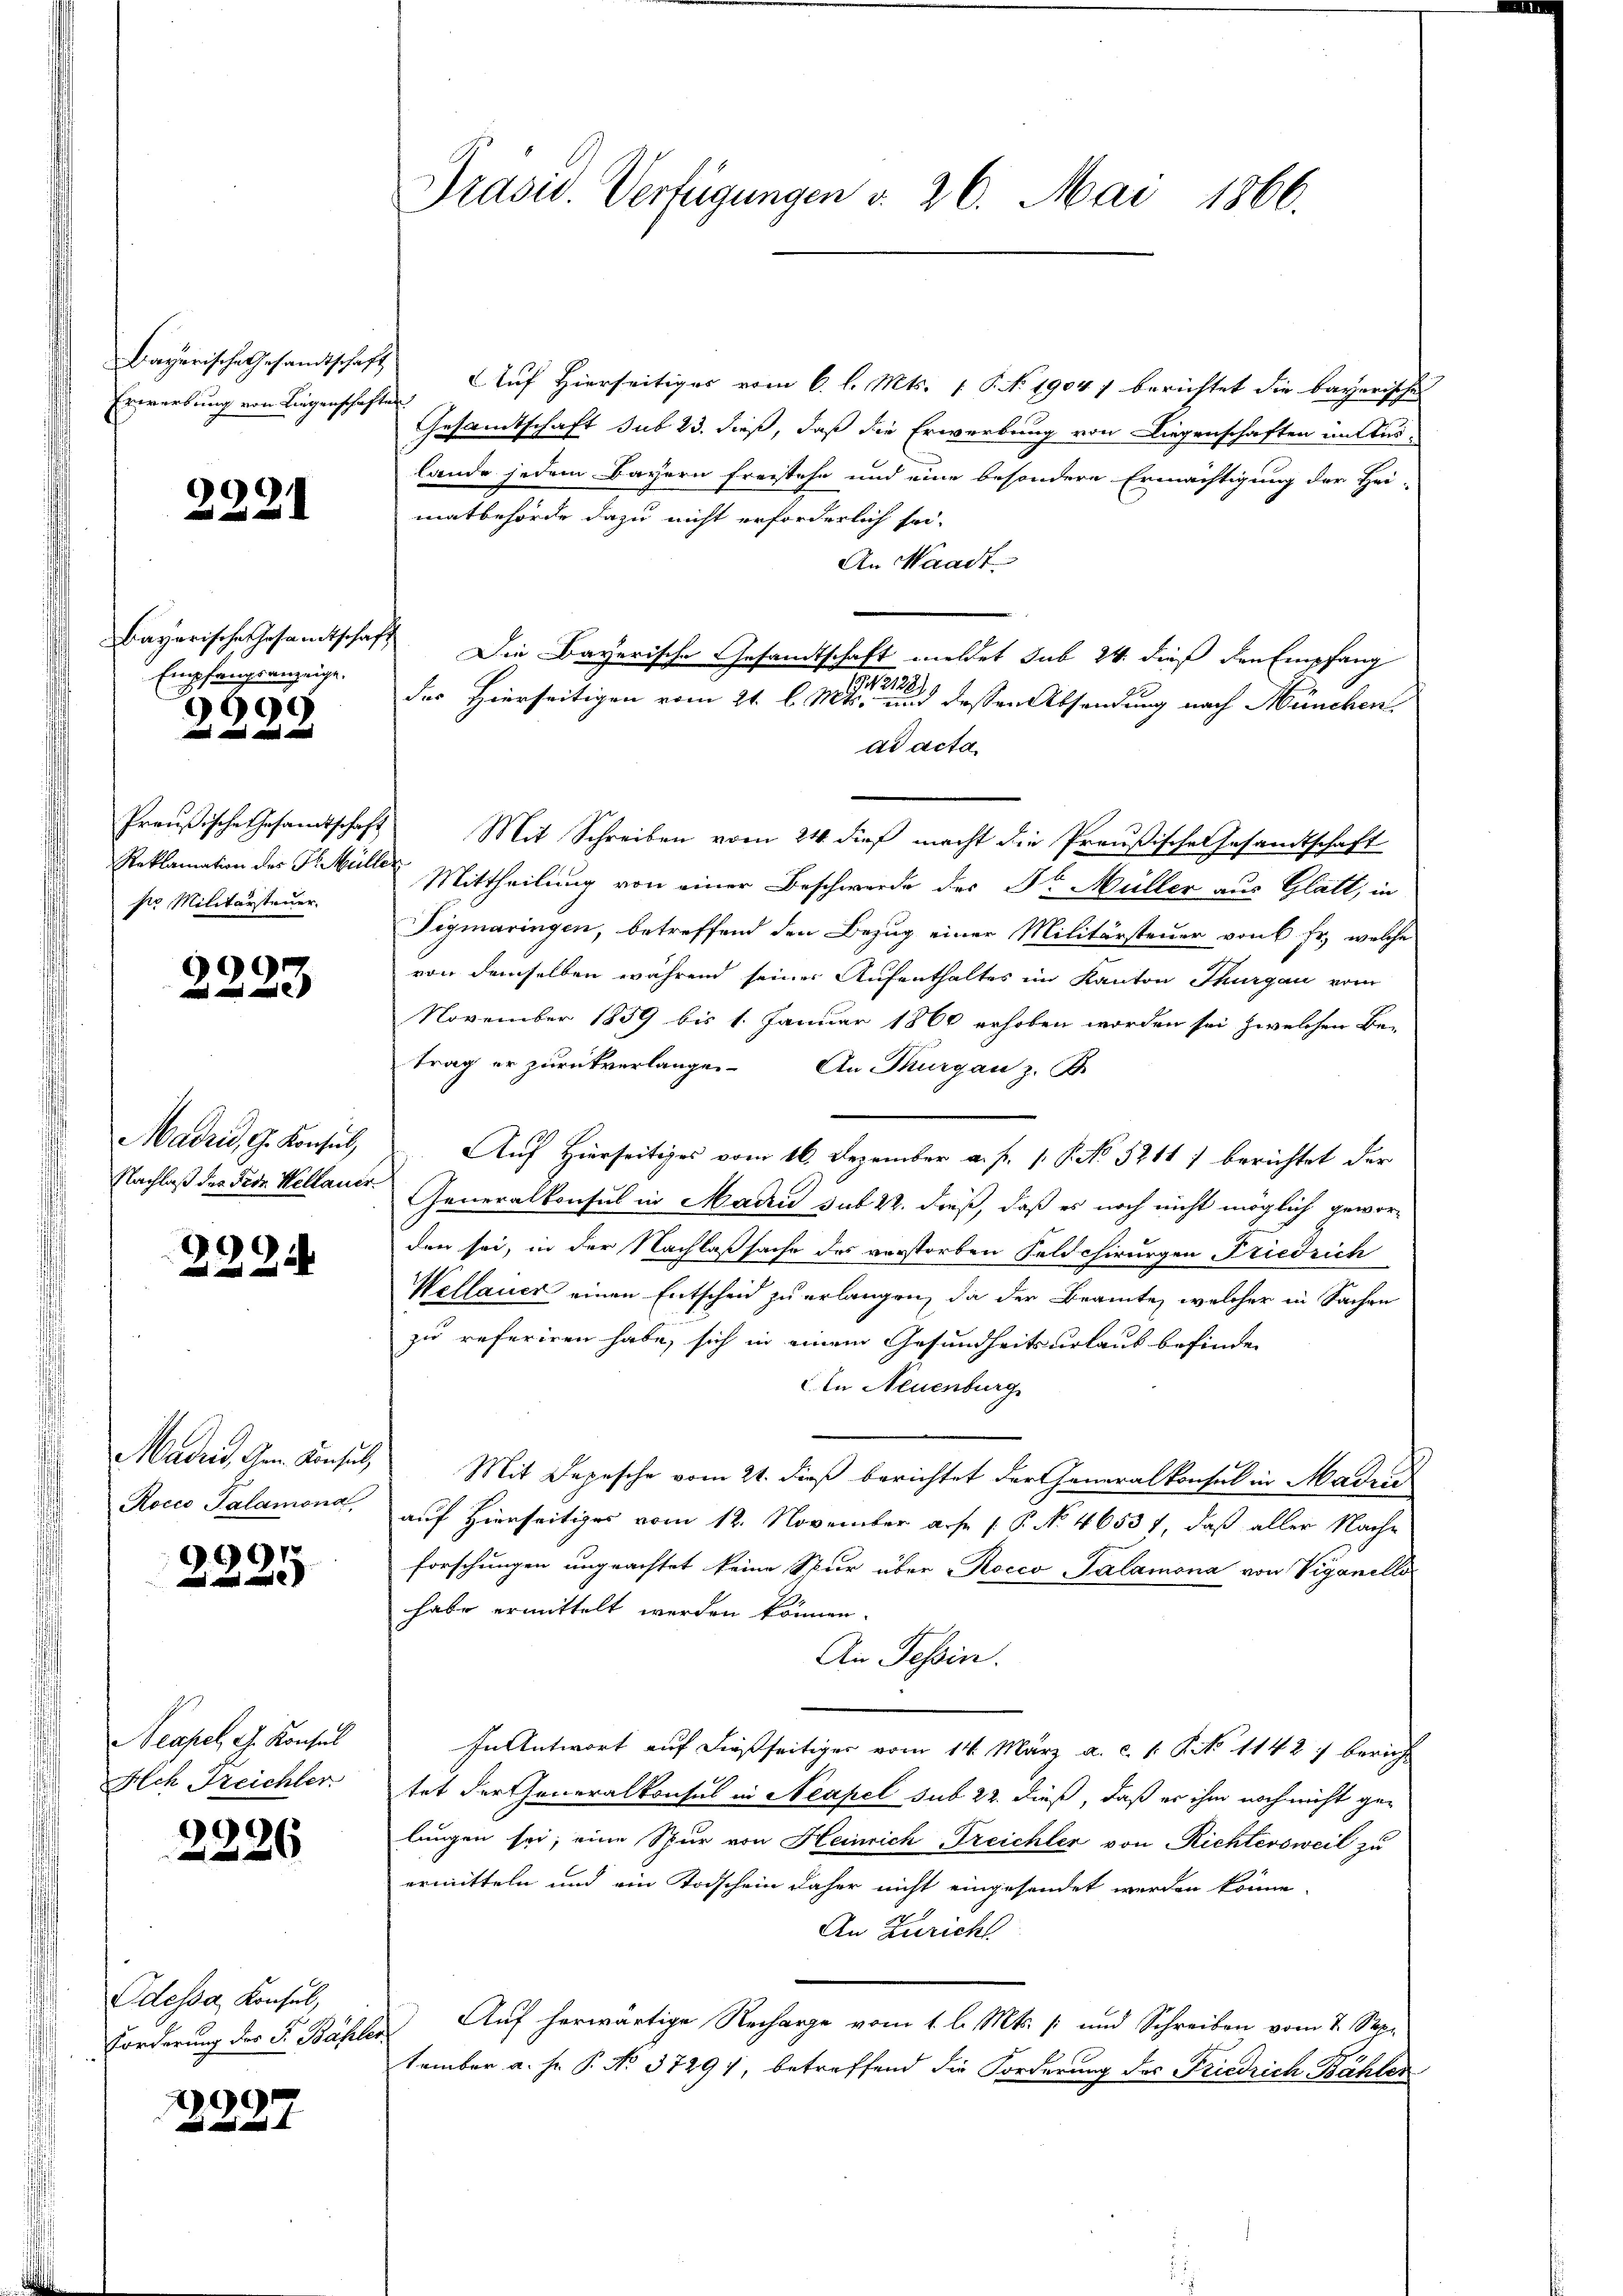
Bayerische Gesandtschaft
Erwerbung von Liegenschaft

2221

Bayerische Gesamtschaf
Empfangsanzeige.

299
  und

Reklamation der Fr. Mülle.
sr Militärsteuer

9

Madrid, G. Konsul,
Nachlaß der Fedr. Weltauer.

2224

Madrid Gen. Konsul
Rocco Salamona

9

Neapel, G. Konsul
Ach Treichler.

2226

Odessa, Konsul,
Forderung des P. Bähle

299
un und und f

Präsid. Verfügungen v. 26. Mai 1866.

Auf Hierseitiges vom 6. l. Mts. 1 P. No 1904 7 berichtet die bayerische
hate
Gesandtschaft sub 23. dieß, daß die Erwerbung von Liegenschaften in Auslande jedem Bayern freistehe und eine besondere Ermächtigung der Hei-
matbehörde dazu nicht erforderlich sei.
An Waadt
 Die Bayerische Gesandtschaft meldet sub 24. dieß den Empfang
191/2128.
des Hierseitigen vom 21. l. Mts. und dessen Absendung nach München
ad acta
Preußische Gesamtschaft Mit Schreiben vom 24. dieβ macht die Preußische Gesandtschaft
Mittheilung von einer Beschwerde des Dr. Müller aus Glatt, in
Tigmaringen, betreffend den Bezug einer Militärsteuer von 6 fr., welche
von demselben während seiner Aufenthaltes im Kanton Thurgau vom
November 1859 bis 1. Januar 1860 erhoben worden sei zwelchen Be-
trag er zurückverlangen. An Thurgau z. B.
Auf Hierseitiges vom 16. Dezember a. f. 1. P. No 5211) berichtet der
Generalkonsul in Maden sub 22. dieß, daß es noch nicht möglich gewor-
den sei, in der Nachlaßsache des verstorben Feldchirurgen Friedrich
Wellauer einen Entscheid zu erlangen, da der Beamte, welcher in Sachen
zu referiren habe, sich in einem Gesundheitsurlaub befinden
In Neuenburg
Mit Depesche vom 21. dieß berichtet der Generalkonsul in Madrid
auf Hierseitiges vom 12. November ause ( P. No 46537, daß aller Nache
forschungen ungeachtet keine Spur über occo Talamona von Viganello
habe ermittelt werden können.
An Tessin.
In Antwort auf dießseitiger vom 14. März a. c. 1. P. No 1142) bericht
tet der Generalkonsul in Neapel sub 22. dieß, daß er ihm noch nicht gelungen sei, eine Spur von Heinrich Treichler von Richtersweil zu
ermitteln und ein Todschein daher nicht eingesendet werden könne.
An Zuricht
Auf herwärtige Recharge vom 1. l. Mts. / und Schreiben vom 7. Sep.
tember a. Hr. P. No. 37291 betreffend die Forderung des Friedrich Bähler